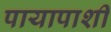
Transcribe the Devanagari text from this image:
पायापाशीं